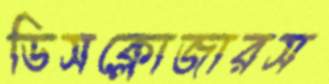
ডিসক্লোজারস